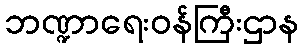
ဘဏ္ဍာရေးဝန်ကြီးဌာန